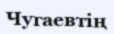
Чугаевтің